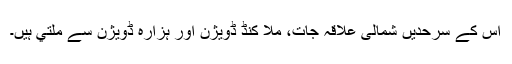
اس کے سرحدیں شمالى علاقہ جات، ملا کنڈ ڈویژن اور ہزارہ ڈویژن سے ملتي ہيں۔